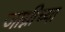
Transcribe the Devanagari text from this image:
जाम्नीच्या